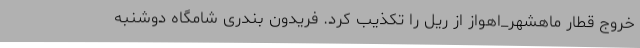
خروج قطار ماهشهر_اهواز از ریل را تکذیب کرد. فریدون بندری شامگاه دوشنبه